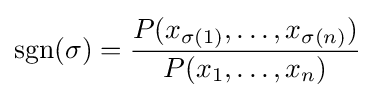
\operatorname {sgn} (\sigma )={\frac {P(x_{\sigma (1)},\ldots ,x_{\sigma (n)})}{P(x_{1},\ldots ,x_{n})}}